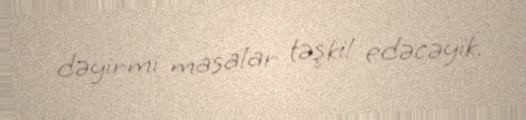
dəyirmi masalar təşkil edəcəyik.